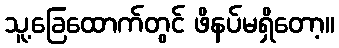
သူ့ခြေထောက်တွင် ဖိနပ်မရှိတော့။